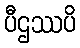
ပီဌဿပိ